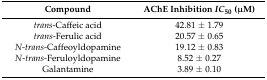
| Compound | AChE Inhibition IC50 (μM) |
 | --- | --- |
 | trans-Caffeic acid | 42.81 ± 1.79 |
 | trans-Ferulic acid | 20.57 ± 0.65 |
 | N-trans-Caffeoyldopamine | 19.12 ± 0.83 |
 | N-trans-Feruloyldopamine | 8.52 ± 0.27 |
 | Galantamine | 3.89 ± 0.10 |